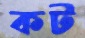
কট